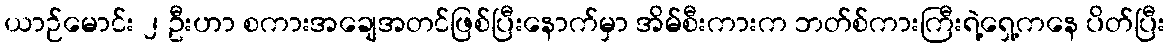
ယာဉ်မောင်း ၂ ဦးဟာ စကားအချေအတင်ဖြစ်ပြီးနောက်မှာ အိမ်စီးကားက ဘတ်စ်ကားကြီးရဲ့ရှေ့ကနေ ပိတ်ပြီး